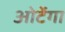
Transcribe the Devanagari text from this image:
ओर्टेगा